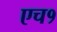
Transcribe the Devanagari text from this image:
एच१